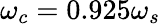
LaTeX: \omega_{c}=0.925\omega_{s}